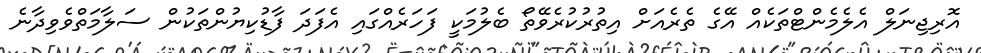
އޮރިޖިނަލް އެލެމެންޓްތަކެއް އޭގެ ތެރެއަށް އިތުރުކުރެވޭތޯ ބެލުމަކީ ފަހަރެއްގައި އެފަދަ ފާޑުކިޔުންތަކުން ސަލާމަތްވެވިދާނެ